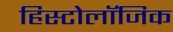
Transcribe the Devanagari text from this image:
हिस्टोलॉजिक